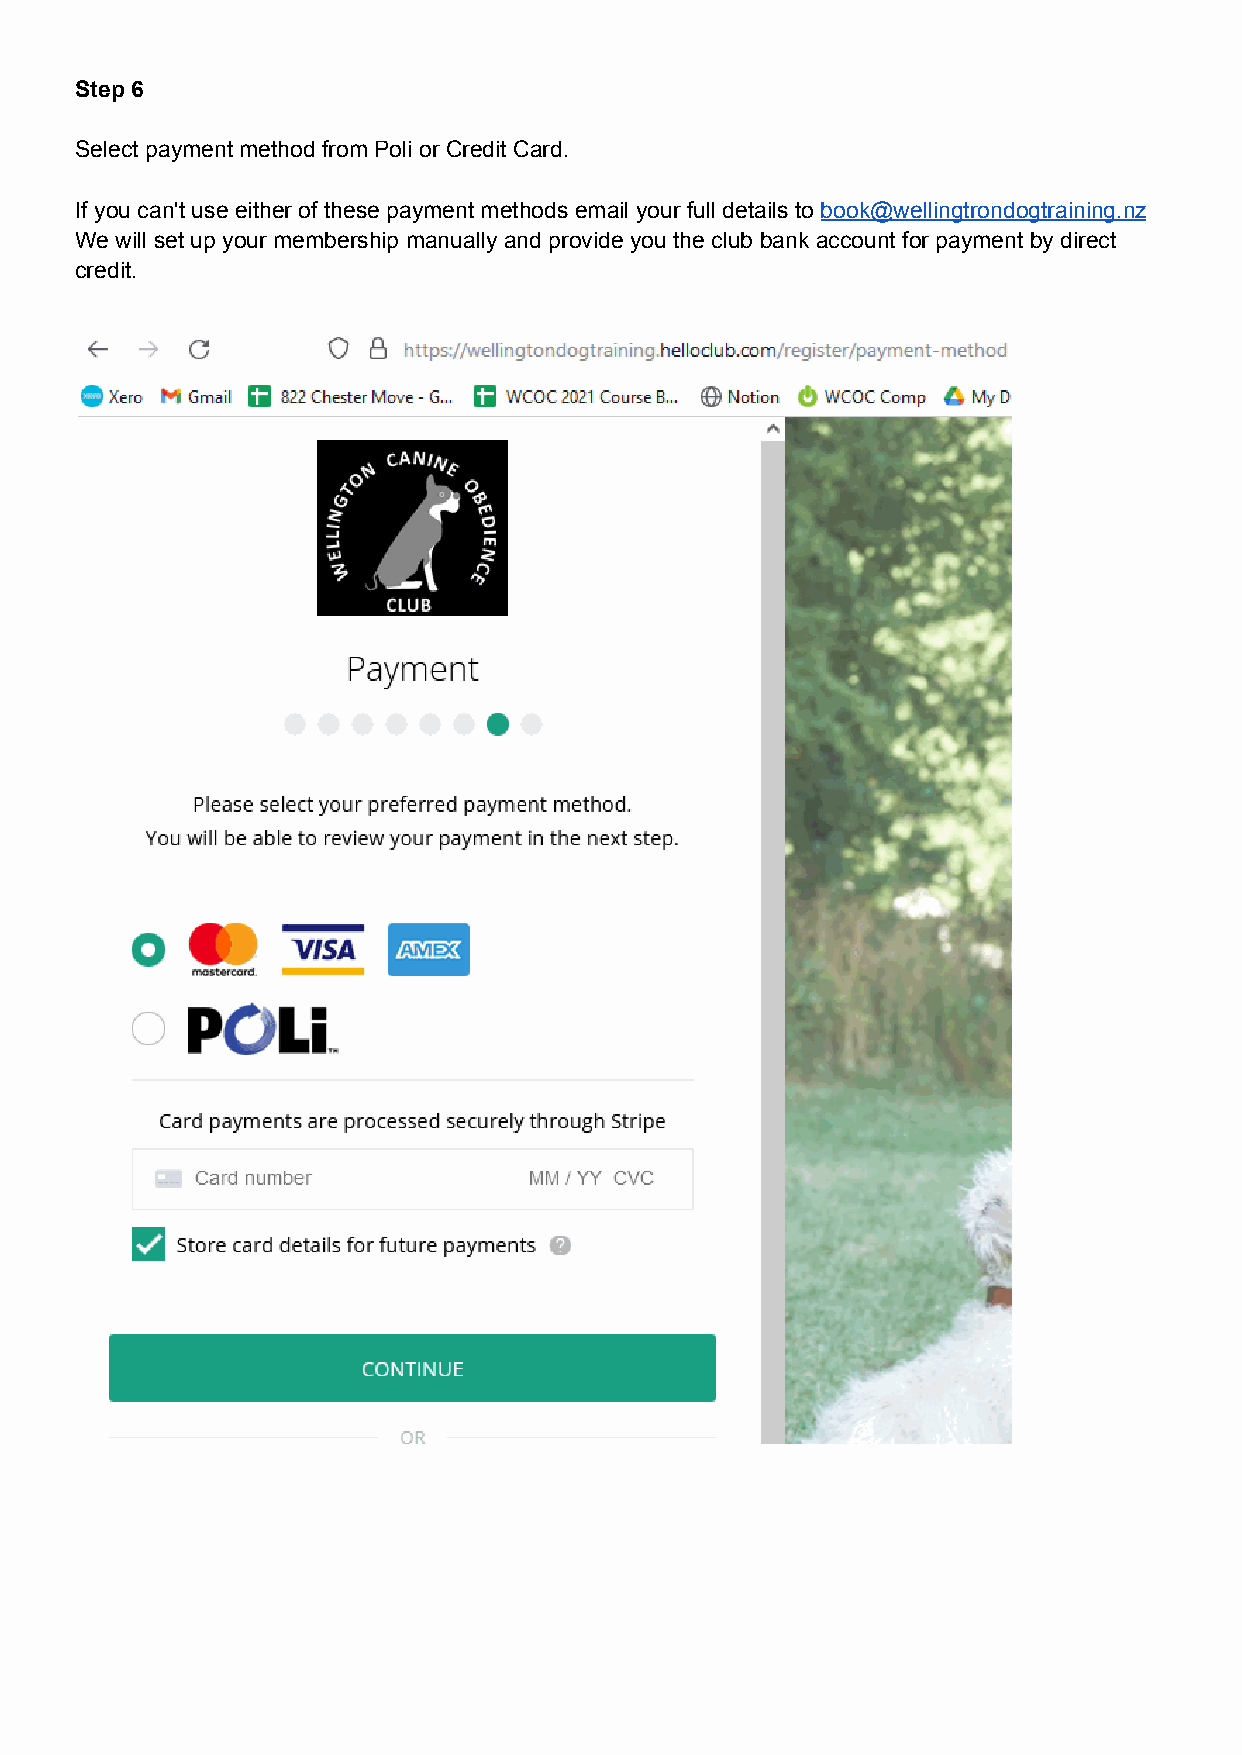
Step 6
 Select payment method from Poli or Credit Card.
 If you can't use either of these payment methods email your full details to book@wellingtrondogtraining.nz
 We will set up your membership manually and provide you the club bank account for payment by direct
 credit.